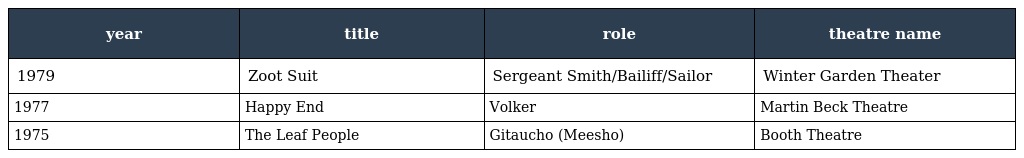
| year | title | role | theatre name |
 | --- | --- | --- | --- |
 | 1979 | Zoot Suit | Sergeant Smith/Bailiff/Sailor | Winter Garden Theater |
 | 1977 | Happy End | Volker | Martin Beck Theatre |
 | 1975 | The Leaf People | Gitaucho (Meesho) | Booth Theatre |